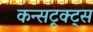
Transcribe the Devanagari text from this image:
कन्सट्रक्ट्स